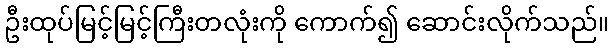
ဦးထုပ်မြင့်မြင့်ကြီးတလုံးကို ကောက်၍ ဆောင်းလိုက်သည်။